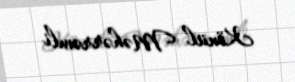
Könül Məhərrəmli